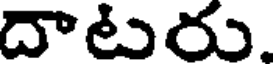
దాటురు.